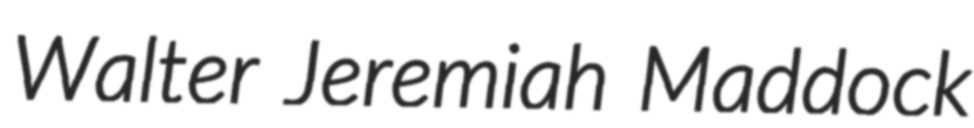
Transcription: Walter Jeremiah Maddock